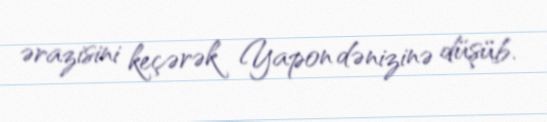
ərazisini keçərək Yapon dənizinə düşüb.